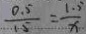
\frac { 0 . 5 } { 1 . 5 } = \frac { 1 . 5 } { x }